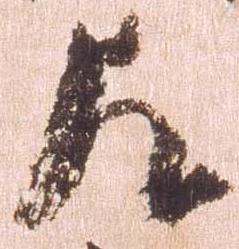
左